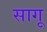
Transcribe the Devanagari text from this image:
सागू